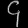
Digit: ၄